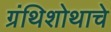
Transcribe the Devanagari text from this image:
ग्रंथिशोथाचे